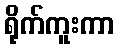
ရိုက်ကူးကာ